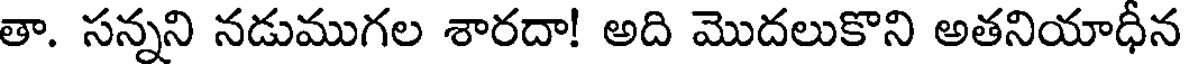
తా. సన్నని నడుముగల శారదా! అది మొదలుకొని అతనియాధీన